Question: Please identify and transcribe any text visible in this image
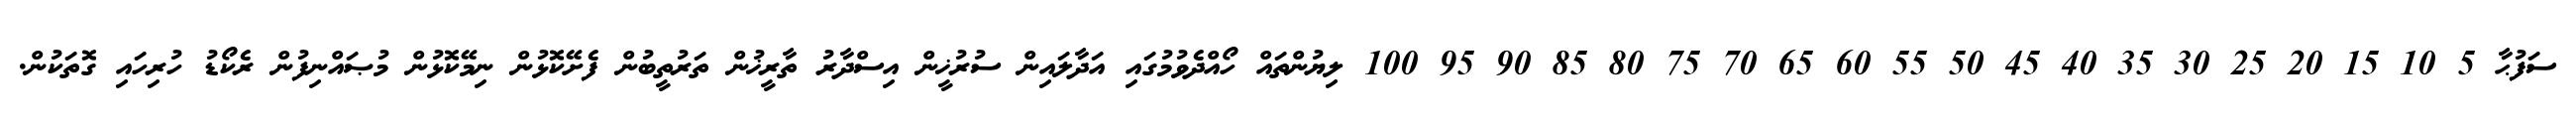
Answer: ސަފުޙާ 5 10 15 20 25 30 35 40 45 50 55 60 65 70 75 80 85 90 95 100 ލިޔުންތައް ހޯއްދެވުމުގައި އަދާލައިން ސުރުޚީން އިސްދާރު ތާރީޚުން ތަރުތީބުން ފެށޭކޮޅުން ނިމޭކޮޅުން މުޞައްނިފުން ރެކޯޑު ހުރިހައި ގޮތަކުން.